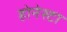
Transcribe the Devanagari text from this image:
होनेस्टा